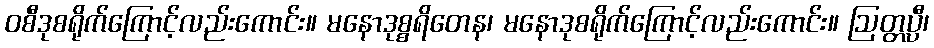
ဝစီဒုစရိုက်ကြောင့်လည်းကောင်း။ မနောဒုစ္စရိတေန၊ မနောဒုစရိုက်ကြောင့်လည်းကောင်း။ ဩတ္တပ္ပီ၊